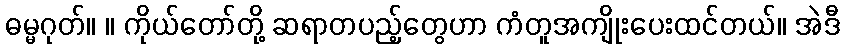
ဓမ္မဂုတ်။ ။ ကိုယ်တော်တို့ ဆရာတပည့်တွေဟာ ကံတူအကျိုးပေးထင်တယ်။ အဲဒီ